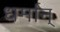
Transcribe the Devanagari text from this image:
धर्मान्